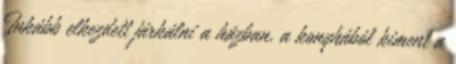
Inkább elkezdett járkálni a házban, a konyhából kiment a